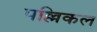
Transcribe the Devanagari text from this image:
पल्लिकल